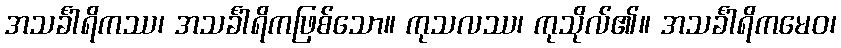
အသင်္ခါရိကဿ၊ အသင်္ခါရိကဖြစ်သော။ ကုသလဿ၊ ကုသိုလ်၏။ အသင်္ခါရိကမေဝ၊